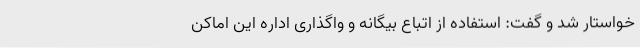
خواستار شد و گفت: استفاده از اتباع بیگانه و واگذاری اداره این اماکن